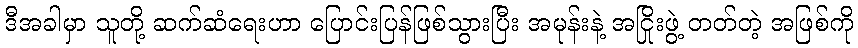
ဒီအခါမှာ သူတို့ ဆက်ဆံရေးဟာ ပြောင်းပြန်ဖြစ်သွားပြီး အမုန်းနဲ့ အငြိုးဖွဲ့ တတ်တဲ့ အဖြစ်ကို